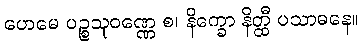
ဟေမေ ပဉ္စသုဝဏ္ဏေ စ၊ နိက္ခော နိတ္ထီ ပသာဓနေ။